Medical and sanitary report on the native army of Bombay for the year
Year: 1878
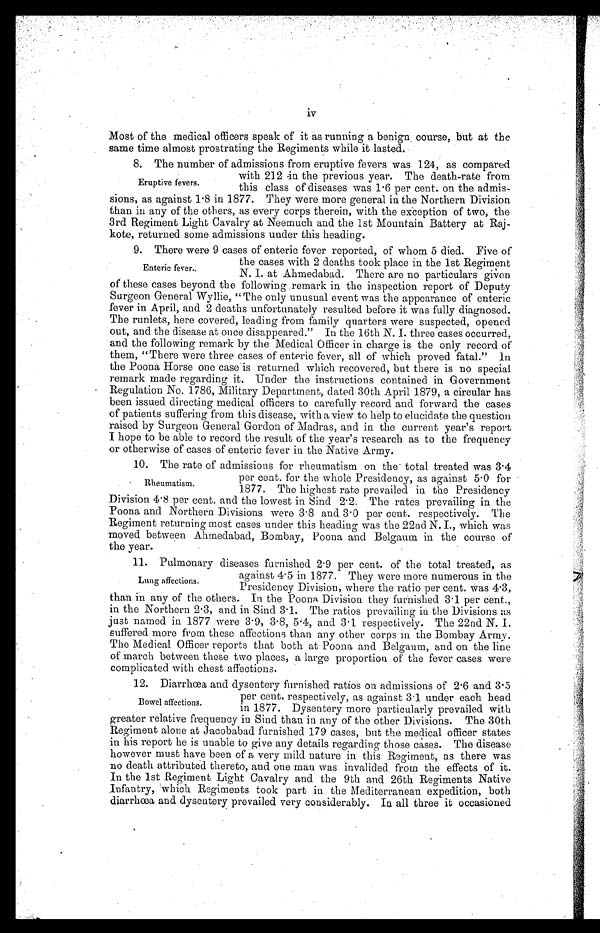
iv
Most of the medical officers speak of it as running a benign . course, but at the
same time almost prostrating the Regiments while it lasted.
8. The number of admissions from eruptive fevers was 124, as compared
Eruptive fevers.
with 212 -in the previous year. The death-rate from
this class of diseases was 1.6 per cent. on the admis-
sions, as against 1.8 in 1877. They were more general in the Northern Division
than in any of the others, as every corps therein, with the exception of two, the
3rd Regiment Light Cavalry at Neemuch and the 1st Mountain Battery at Raj-
kote, returned some admissions under this heading.
9. There were 9 cases of enteric fever reported, of whom 5 died. Five of
Enteric fever.
the cases with 2 deaths took place in the 1st Regiment
N. I. at Ahmedabad. There are no particulars given
of these cases beyond the following remark in the inspection report of Deputy
Surgeon General Wyllie, "The only unusual event was the appearance of enteric
fever in April, and 2 deaths unfortunately resulted before it was fully diagnosed.
The runlets, here covered, leading from family quarters were suspected, opened
out, and the disease at once disappeared." In the 16th N. I. three cases occurred,
and the following remark by the Medical Officer in charge is the only record of
them, "There were three cases of enteric fever, all of which proved fatal." In
the Poona Horse one case is returned which recovered, but there is no special
remark made regarding it. Under the instructions contained in Government
Regulation No. 1786, Military Department, dated 30th April 1879, a circular has
been issued directing medical officers to carefully record and forward the cases
of patients suffering from this disease, with a view to help to elucidate the question
raised by Surgeon General Gordon of Madras, and in the current year's report
I hope to be able to record the result of the year's research as to the frequency
or otherwise of cases of enteric fever in the Native Army.
10. The rate of admissions for rheumatism on the total treated was 3.4
Rheumatism.
per cent. for the whole Presidency, as against 5.0 for
1877. The highest rate prevailed in the Presidency
Division 4.8 per cent. and the lowest in Sind 2.2. The rates prevailing in the
Poona and Northern Divisions were 3.8 and 3.0 per cent. respectively. The
Regiment returning most cases under this heading was the 22nd N. I., which was
moved between Ahmedabad, Bombay, Poona and Belgaum in the course of
the year.
11. Pulmonary diseases furnished 2 . 9 per cent. of the total treated, as
Lung affections.
against 4 . 5 in 1877. They were more numerous in the
Presidency Division, where the ratio per cent. was 4.3,
than in any of the others. In the Poona Division they furnished 3.1 per cent.,
in the Northern 2.3, and in Sind 3.1. The ratios prevailing in the Divisions as
just named in 1877 were 3.9, 3.8, 5.4, and 3.1 respectively. The 22nd N. 1.
suffered more from these affections than any other corps in the Bombay Army.
The Medical Officer reports that both at Poona and Belgaum, and on the line
of march between these two places, a large proportion of the fever cases were
com plicated with chest affections.
12. Diarrhoea and dysentery furnished ratios on admissions of 2 . 6 and 3.5
Bowel affections
per cent. respectively, as against 3 . 1 under each head
in 1877. Dysentery more particularly prevailed with
greater relative frequency in Sind than in any of the other Divisions. The 30th
Regiment alone at Jacobabad furnished 179 cases, but the medical officer states
in his report he is unable to give any details regarding those cases. The disease
however must have been of a very mild nature in this Regiment, as there was
no death attributed thereto, and one man was invalided from the effects of it.
In the 1st Regiment Light Cavalry and the 9th and 26th Regiments Native
Infantry, which Regiments took part in the Mediterranean expedition, both
diarrhoea and dysentery prevailed very considerably. In all three it occasioned